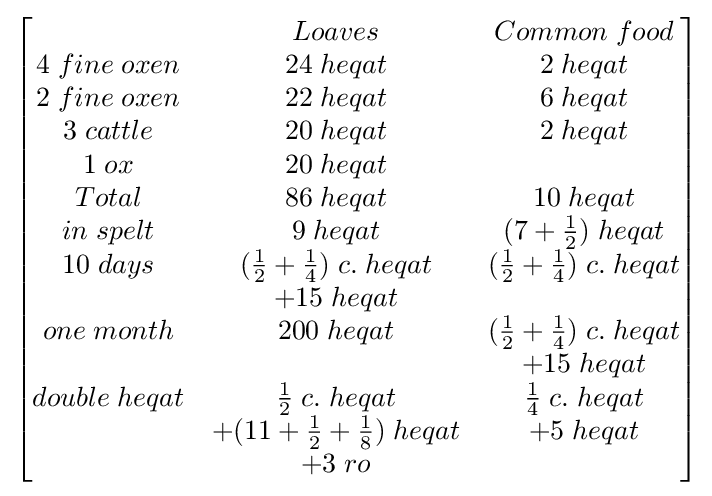
{\begin{bmatrix}&Loaves&Common\;food\\4\;fine\;oxen&24\;heqat&2\;heqat\\2\;fine\;oxen&22\;heqat&6\;heqat\\3\;cattle&20\;heqat&2\;heqat\\1\;ox&20\;heqat&\\Total&86\;heqat&10\;heqat\\in\;spelt&9\;heqat&(7+{\frac {1}{2}})\;heqat\\10\;days&({\frac {1}{2}}+{\frac {1}{4}})\;c.\;heqat&({\frac {1}{2}}+{\frac {1}{4}})\;c.\;heqat\\&+15\;heqat&\\one\;month&200\;heqat&({\frac {1}{2}}+{\frac {1}{4}})\;c.\;heqat\\&&+15\;heqat\\double\;heqat&{\frac {1}{2}}\;c.\;heqat&{\frac {1}{4}}\;c.\;heqat\\&+(11+{\frac {1}{2}}+{\frac {1}{8}})\;heqat&+5\;heqat\\&+3\;ro&\\\end{bmatrix}}